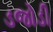
ડજોડી